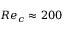
R e _ { c } \approx 2 0 0